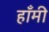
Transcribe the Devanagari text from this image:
हाँमी